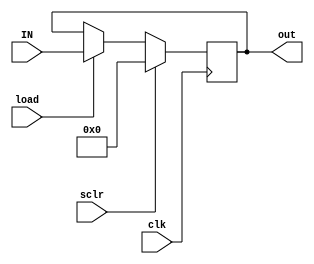
module reg_32b ( input [31:0] IN,input sclr, load, clk,output reg[31:0] out);
    always @(posedge clk)
    begin
        if (sclr == 1'b1)
            out = 32'd0;
        else if (load)
            out = IN;
    end    
endmodule